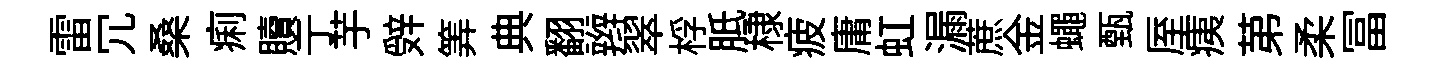
雷冗桑痢贖亍芋辤筭典翻辫翠桴胝棣疲庸虹漏蔗金蠅甄厔痍苐柔冨